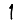
Digit: 1